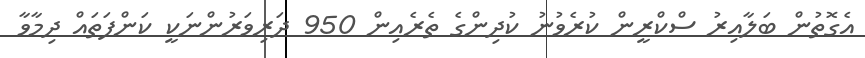
އެގޮތުން ބަލާއިރު ސްކްރީން ކުރެވުނު ކުދިންގެ ތެރެއިން 950 ދަރިވަރުންނަކީ ކަންފަތައް ދިމާވާ